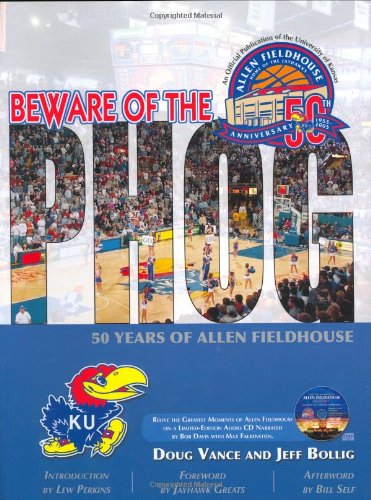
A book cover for Beware of the Phog: 50 Years of Allen Fieldhouse; Doug Vance; Sports & Outdoors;